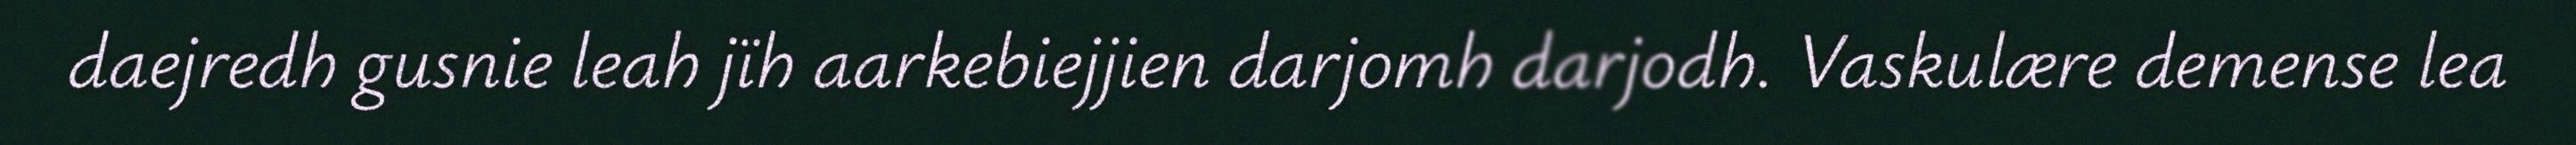
daejredh gusnie leah jïh aarkebiejjien darjomh darjodh. Vaskulære demense lea